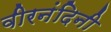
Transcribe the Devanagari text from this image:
वीरनंदिनी